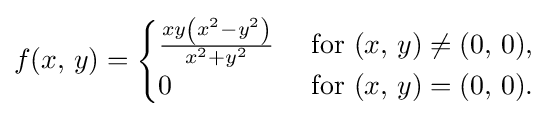
f(x,\,y)={\begin{cases}{\frac {xy\left(x^{2}-y^{2}\right)}{x^{2}+y^{2}}}&{\mbox{ for }}(x,\,y)\neq (0,\,0),\\0&{\mbox{ for }}(x,\,y)=(0,\,0).\end{cases}}